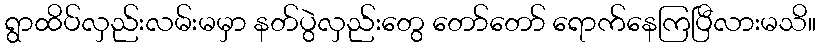
ရွာထိပ်လှည်းလမ်းမမှာ နတ်ပွဲလှည်းတွေ တော်တော် ရောက်နေကြပြီလားမသိ။